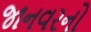
જાનવરનો